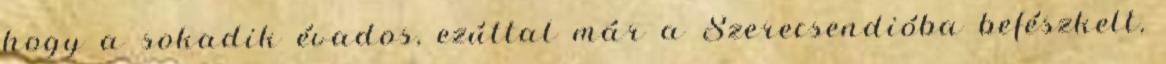
hogy a sokadik évados, ezúttal már a Szerecsendióba befészkelt,